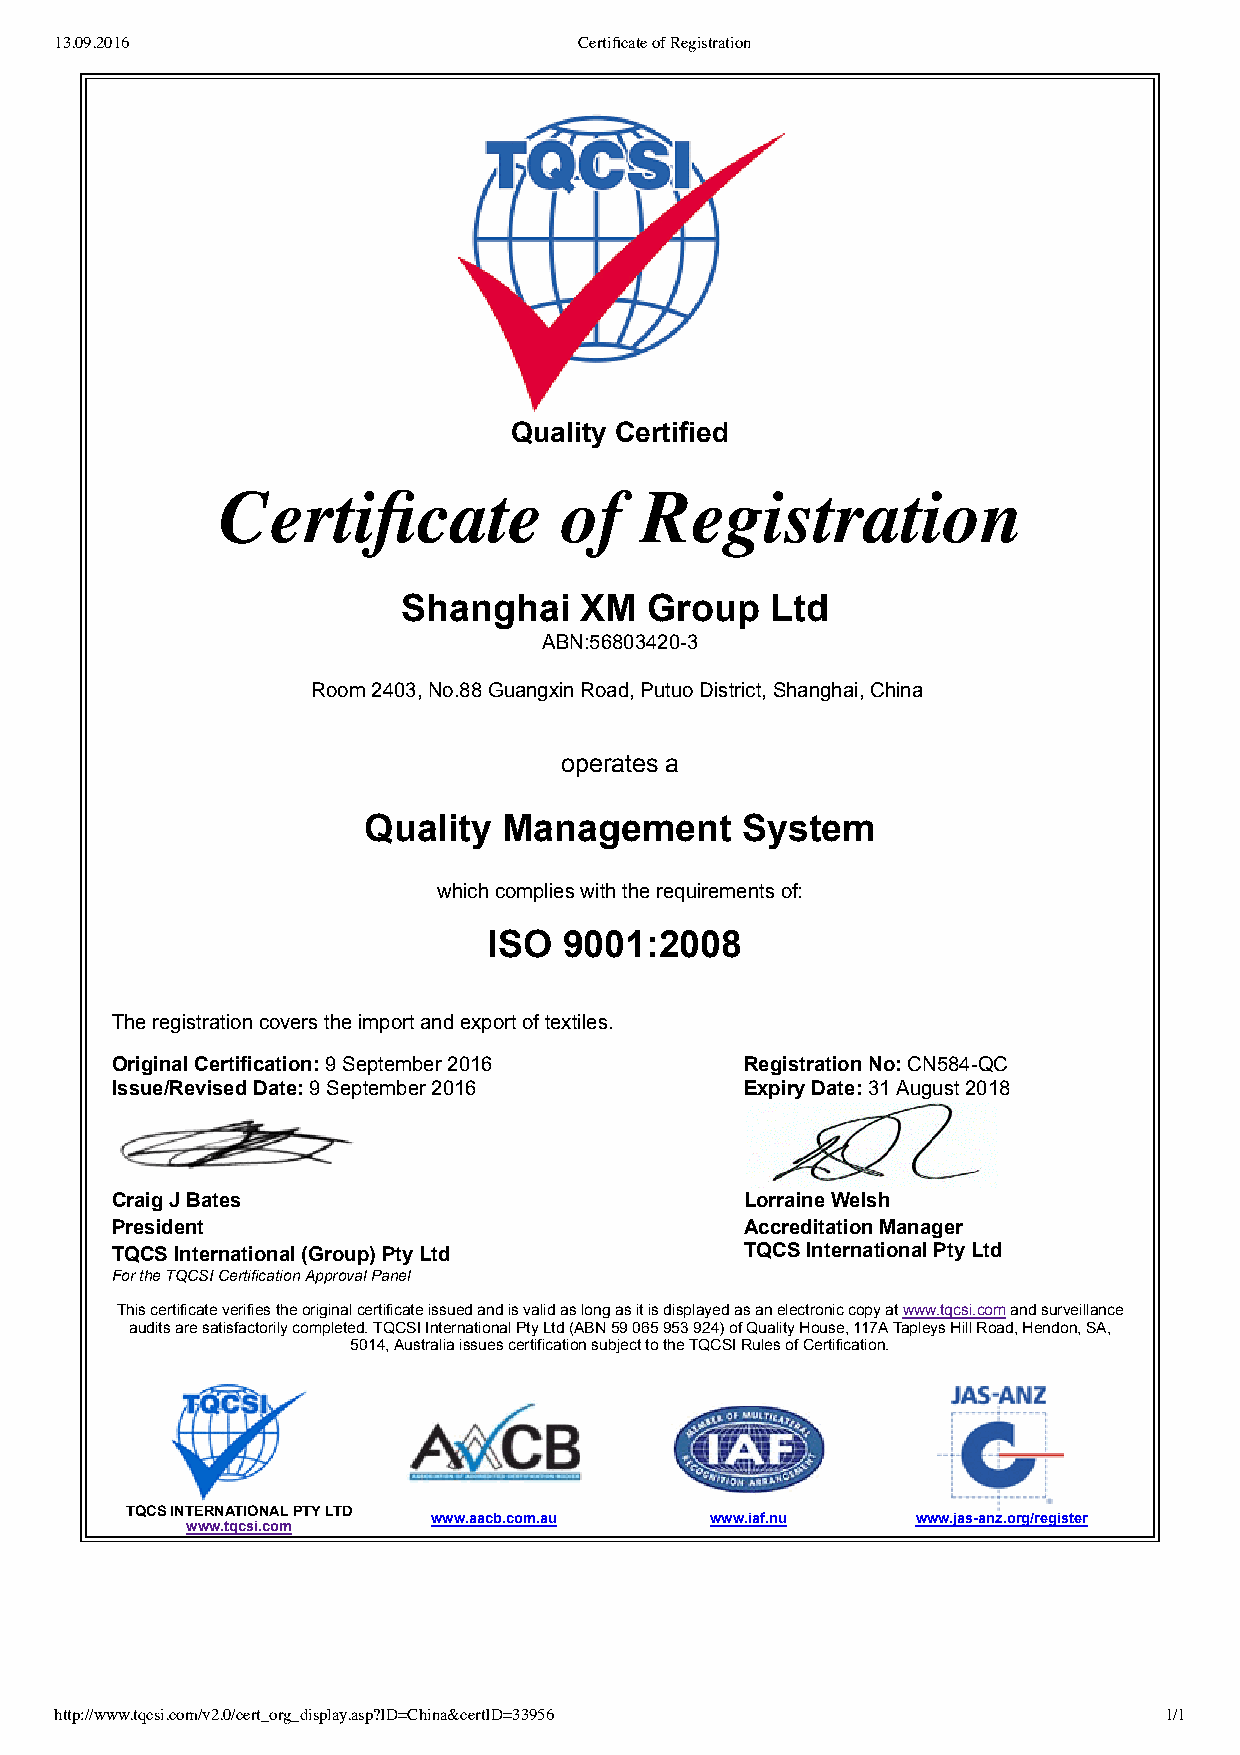
13.09.2016                        Certificate of Registration
 Quality Certified
 Certificate           of   Registration
 Shanghai   XM   Group   Ltd
 ABN:56803420­3
 Room 2403, No.88 Guangxin Road, Putuo District, Shanghai, China
 operates a
 Quality  Management      System
 which complies with the requirements of:
 ISO  9001:2008
 The registration covers the import and export of textiles.
 Original Certification: 9 September 2016  Registration No: CN584­QC
 Issue/Revised Date: 9 September 2016      Expiry Date: 31 August 2018
 Craig J Bates                             Lorraine Welsh
 President                                 Accreditation Manager
 TQCS International (Group) Pty Ltd        TQCS International Pty Ltd
 For the TQCSI Certification Approval Panel
 This certificate verifies the original certificate issued and is valid as long as it is displayed as an electronic copy at www.tqcsi.com and surveillance
 audits are satisfactorily completed. TQCSI International Pty Ltd (ABN 59 065 953 924) of Quality House, 117A Tapleys Hill Road, Hendon, SA,
 5014, Australia issues certification subject to the TQCSI Rules of Certification.
 TQCS INTERNATIONAL PTY LTD
 www.aacb.com.au   www.iaf.nu    www.jas­anz.org/register
 www.tqcsi.com
 http://www.tqcsi.com/v2.0/cert_org_display.asp?ID=China&certID=33956     1/1